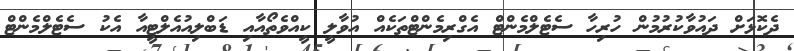
ދެކޮޅަށް ދައުވާކުރުމުން ހުރިހާ ސެޓެލްމެންޓް އެގްރިމެންޓްތަކެއް އުވާލީ ކީއްވެތޯއާއި ޑަބްލިއުއެލްޓީއާ އެކު ސެޓެލްމެންޓް